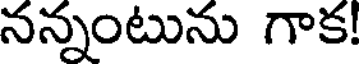
నన్నంటును గాక!